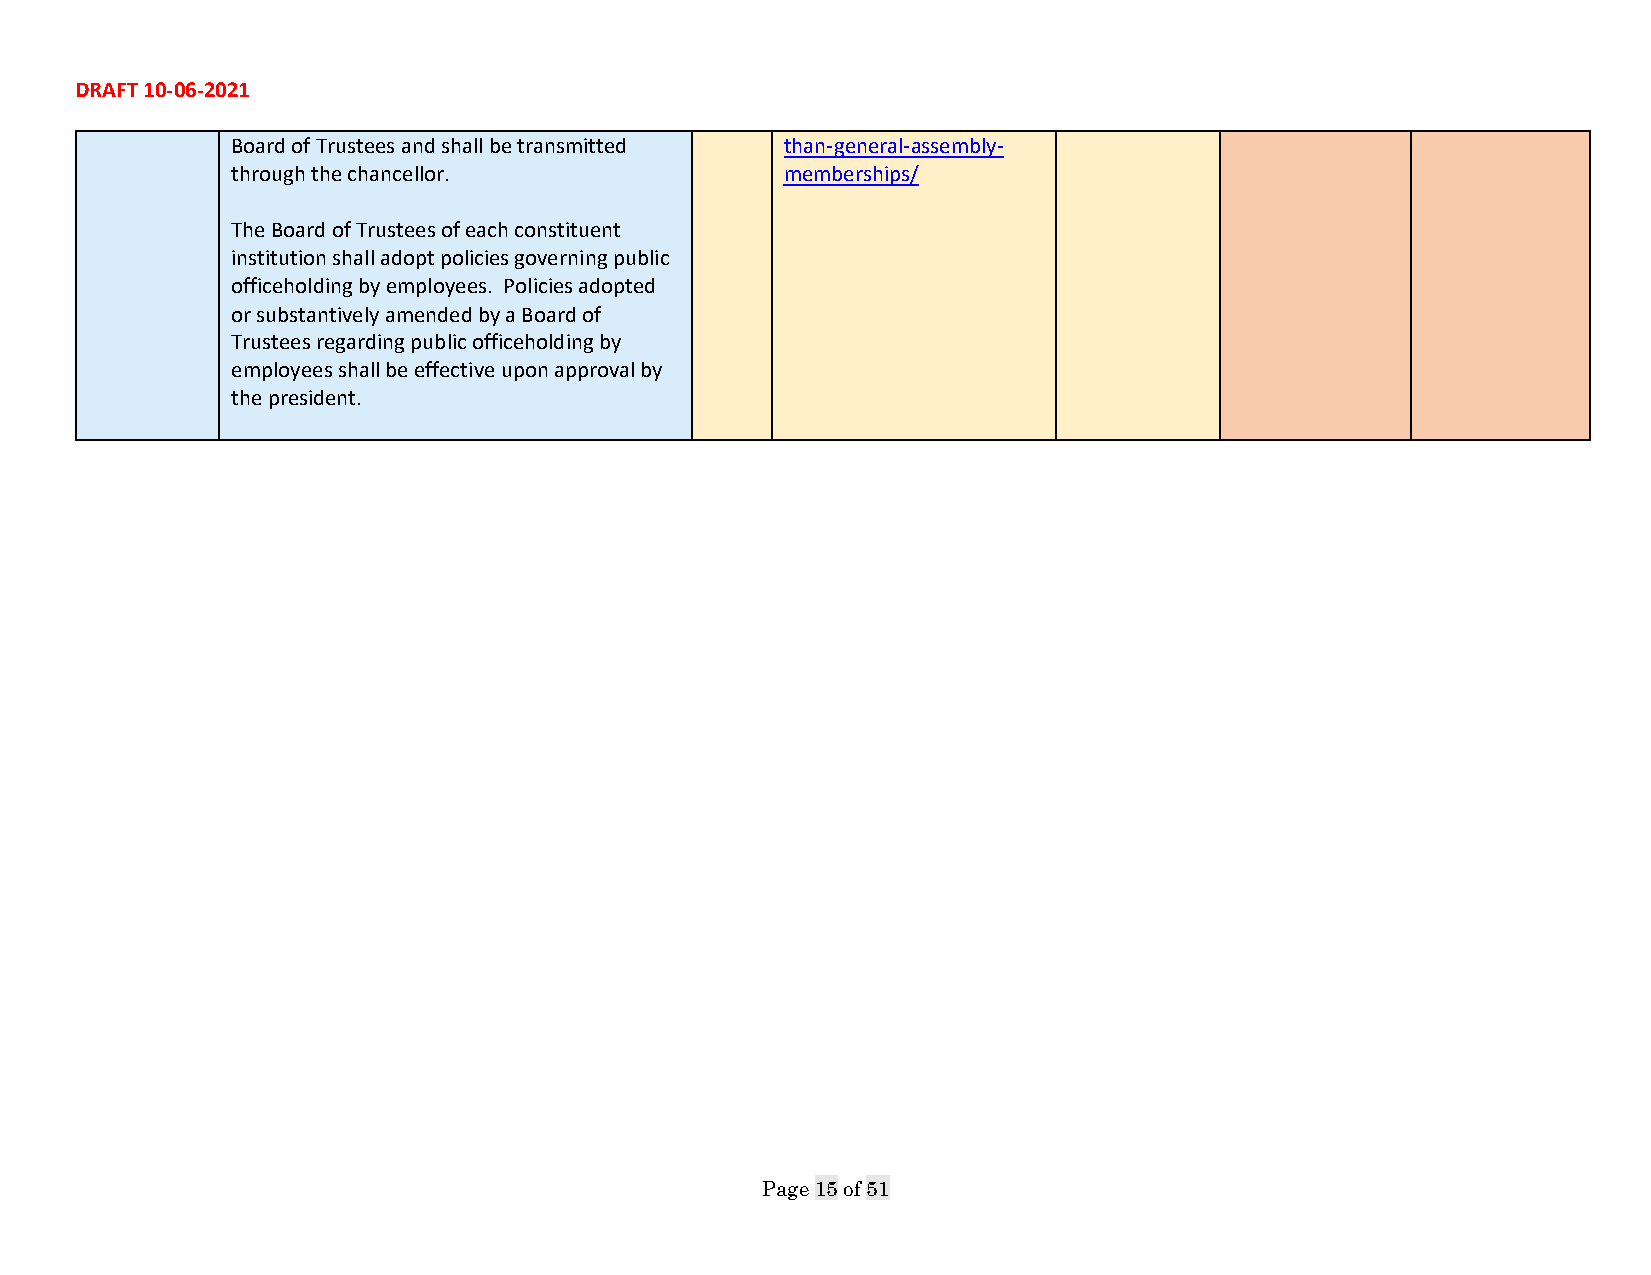
DRAFT 10-06-2021
 Board of Trustees and shall be transmitted than-general-assembly-
 through the chancellor.              memberships/
 The Board of Trustees of each constituent
 institution shall adopt policies governing public
 officeholding by employees. Policies adopted
 or substantively amended by a Board of
 Trustees regarding public officeholding by
 employees shall be effective upon approval by
 the president.
 Page 15 of 51